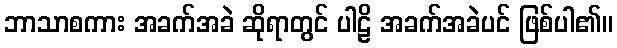
ဘာသာစကား အခက်အခဲ ဆိုရာတွင် ပါဠိ အခက်အခဲပင် ဖြစ်ပါ၏။